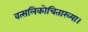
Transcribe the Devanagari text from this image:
वत्सलिकोचिताख्या।